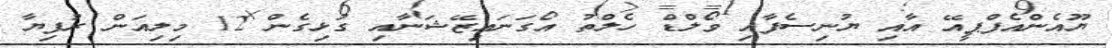
ޔޫއެންއެފްޕީއޭ އާއި ޔުނިސެފާއި ވޯލްޑް ހެލްތު އޯގަނައިޒޭޝަނާއި ގުޅިގެން 12 މިލިއަން ރުފިޔާ